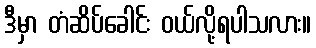
ဒီမှာ တံဆိပ်ခေါင်း ဝယ်လို့ရပါသလား။